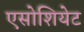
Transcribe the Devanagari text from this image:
एसोशियेट